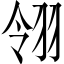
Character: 翎